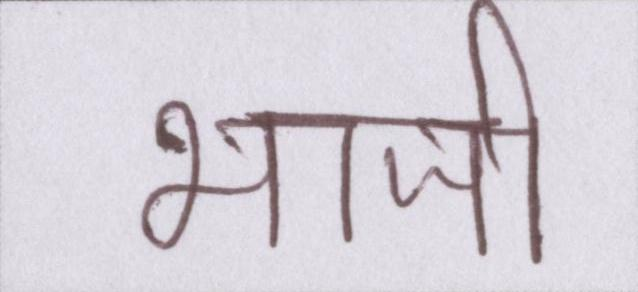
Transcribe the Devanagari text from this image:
भाजी